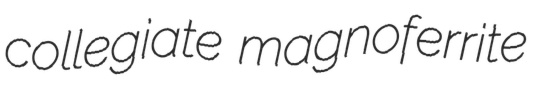
collegiate magnoferrite